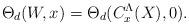
LaTeX: \begin{align*}\Theta_d(W,x)=\Theta_d(C_x^\Lambda(X),0). \end{align*}